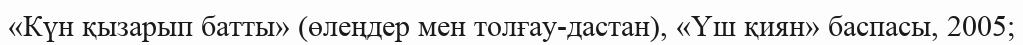
«Күн қызарып батты» (өлеңдер мен толғау-дастан), «Үш қиян» баспасы, 2005;